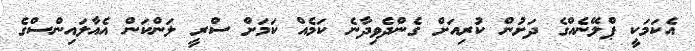
އެކަމަކީ ޕްލޭނެއްގެ ދަށުން ކުރިއަށް ގެންދެވިދާނެ ކަމެއް ކަމަށް ސްރީ ލަންކަން އެއާލައިންސްގެ